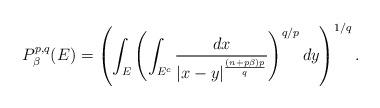
LaTeX: \begin{align*}P^{p,q}_\beta(E)=\left(\int_E\left(\int_{E^c}\frac{dx}{|x-y|^{\frac{(n+p\beta)p}{q}}}\right)^{q/p}dy\right)^{1/q}.\end{align*}